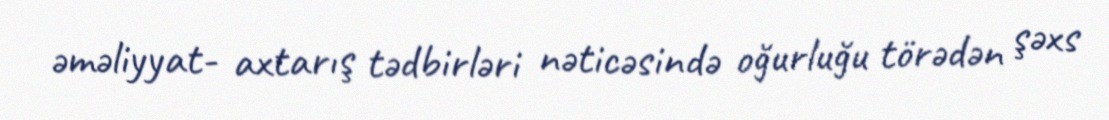
əməliyyat- axtarış tədbirləri nəticəsində oğurluğu törədən şəxs